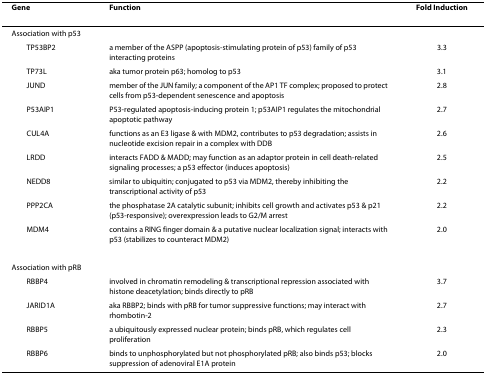
| Gene | Function | Fold Induction |
 | --- | --- | --- |
 | <COLSPAN=3> Association with p53 |
 | TP53BP2 | a member of the ASPP (apoptosis-stimulating protein of p53) family of p53 interacting proteins | 3.3 |
 | TP73L | aka tumor protein p63; homolog to p53 | 3.1 |
 | JUND | member of the JUN family; a component of the AP1 TF complex; proposed to protect cells from p53-dependent senescence and apoptosis | 2.8 |
 | P53AIP1 | P53-regulated apoptosis-inducing protein 1; p53AIP1 regulates the mitochondrial apoptotic pathway | 2.7 |
 | CUL4A | functions as an E3 ligase & with MDM2, contributes to p53 degradation; assists in nucleotide excision repair in a complex with DDB | 2.6 |
 | LRDD | interacts FADD & MADD; may function as an adaptor protein in cell death-related signaling processes; a p53 effector (induces apoptosis) | 2.5 |
 | NEDD8 | similar to ubiquitin; conjugated to p53 via MDM2, thereby inhibiting the transcriptional activity of p53 | 2.2 |
 | PPP2CA | the phosphatase 2A catalytic subunit; inhibits cell growth and activates p53 & p21 (p53-responsive); overexpression leads to G2/M arrest | 2.2 |
 | MDM4 | contains a RING finger domain & a putative nuclear localization signal; interacts with p53 (stabilizes to counteract MDM2) | 2.0 |
 | <COLSPAN=3> Association with pRB |
 | RBBP4 | involved in chromatin remodeling & transcriptional repression associated with histone deacetylation; binds directly to pRB | 3.7 |
 | JARID1A | aka RBBP2; binds with pRB for tumor suppressive functions; may interact with rhombotin-2 | 2.7 |
 | RBBP5 | a ubiquitously expressed nuclear protein; binds pRB, which regulates cell proliferation | 2.3 |
 | RBBP6 | binds to unphosphorylated but not phosphorylated pRB; also binds p53; blocks suppression of adenoviral E1A protein | 2.0 |